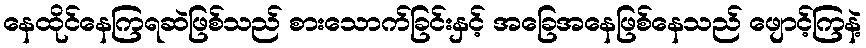
နေထိုင်နေကြရဆဲဖြစ်သည် စားသောက်ခြင်းနှင့် အခြေအနေဖြစ်နေသည် ဖျောင့်ကြနဲ့